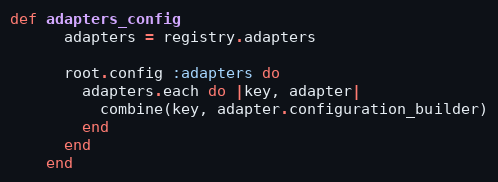
Language: Ruby
def adapters_config
      adapters = registry.adapters

      root.config :adapters do
        adapters.each do |key, adapter|
          combine(key, adapter.configuration_builder)
        end
      end
    end